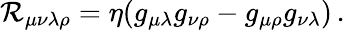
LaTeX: \mathcal{R}_{\mu\nu\lambda\rho}=\eta(g_{\mu\lambda}g_{\nu\rho}-g_{\mu\rho}g_{\nu\lambda})\, .